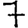
Digit: 7